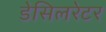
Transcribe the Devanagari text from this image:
डेसिलरेटर